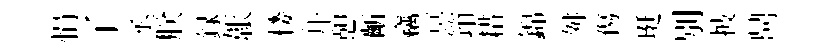
悁了丞朕録韔楼幷憩齗竊冥笻耤錦舛傷珽别披𪔂